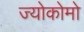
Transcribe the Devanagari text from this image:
ज्योकोमो